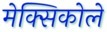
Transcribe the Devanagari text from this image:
मेक्सिकोले